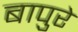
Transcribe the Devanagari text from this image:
बापुरे